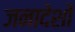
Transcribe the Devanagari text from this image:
जनादेशों